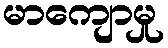
မာကျောမှု